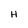
Character: H